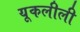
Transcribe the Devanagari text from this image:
यूकलीली